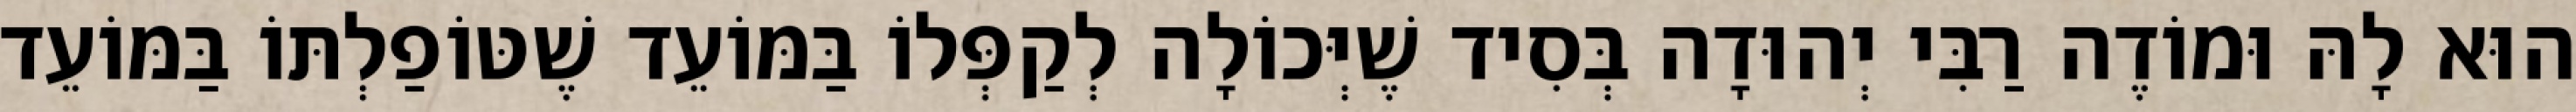
הוּא לָהּ וּמוֹדֶה רַבִּי יְהוּדָה בְּסִיד שֶׁיְּכוֹלָה לְקַפְּלוֹ בַּמּוֹעֵד שֶׁטּוֹפַלְתּוֹ בַּמּוֹעֵד